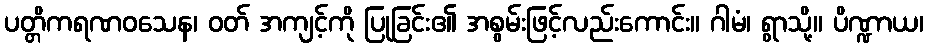
ပတ္တိကရဏဝသေန၊ ဝတ် အကျင့်ကို ပြုခြင်း၏ အစွမ်းဖြင့်လည်းကောင်း။ ဂါမံ၊ ရွာသို့။ ပိဏ္ဍာယ၊